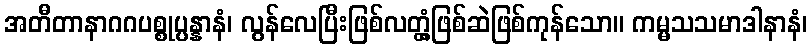
အတီတာနာဂဂပစ္စုပ္ပန္နာနံ၊ လွန်လေပြီးဖြစ်လတ္တံ့ဖြစ်ဆဲဖြစ်ကုန်သော။ ကမ္မသသမာဒါနာနံ၊